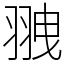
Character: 䎈